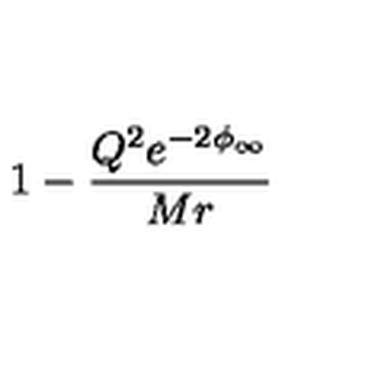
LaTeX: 1 - { \frac { Q ^ { 2 } e ^ { - 2 \phi _ { \infty } } } { M r } }